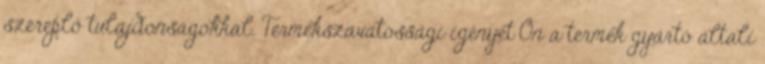
szereplő tulajdonságokkal. Termékszavatossági igényét Ön a termék gyártó általi